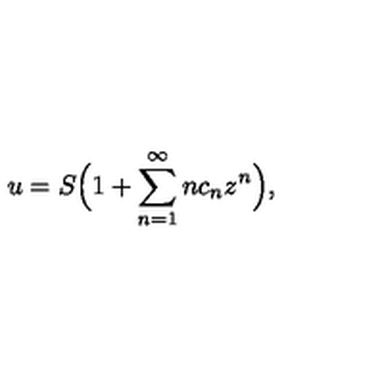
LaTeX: u = S \Big ( 1 + \sum _ { n = 1 } ^ { \infty } n c _ { n } z ^ { n } \Big ) ,